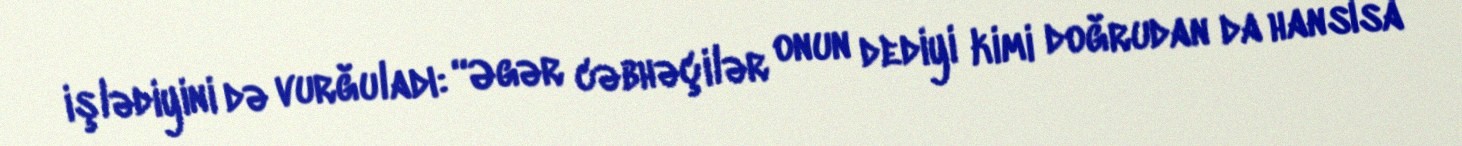
işlədiyini də vurğuladı: “Əgər cəbhəçilər onun dediyi kimi doğrudan da hansısa